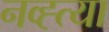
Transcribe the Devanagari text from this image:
नव्ह्त्या